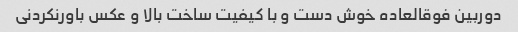
دوربین فوقالعاده خوش دست و با کیفیت ساخت بالا و عکس باورنکردنی